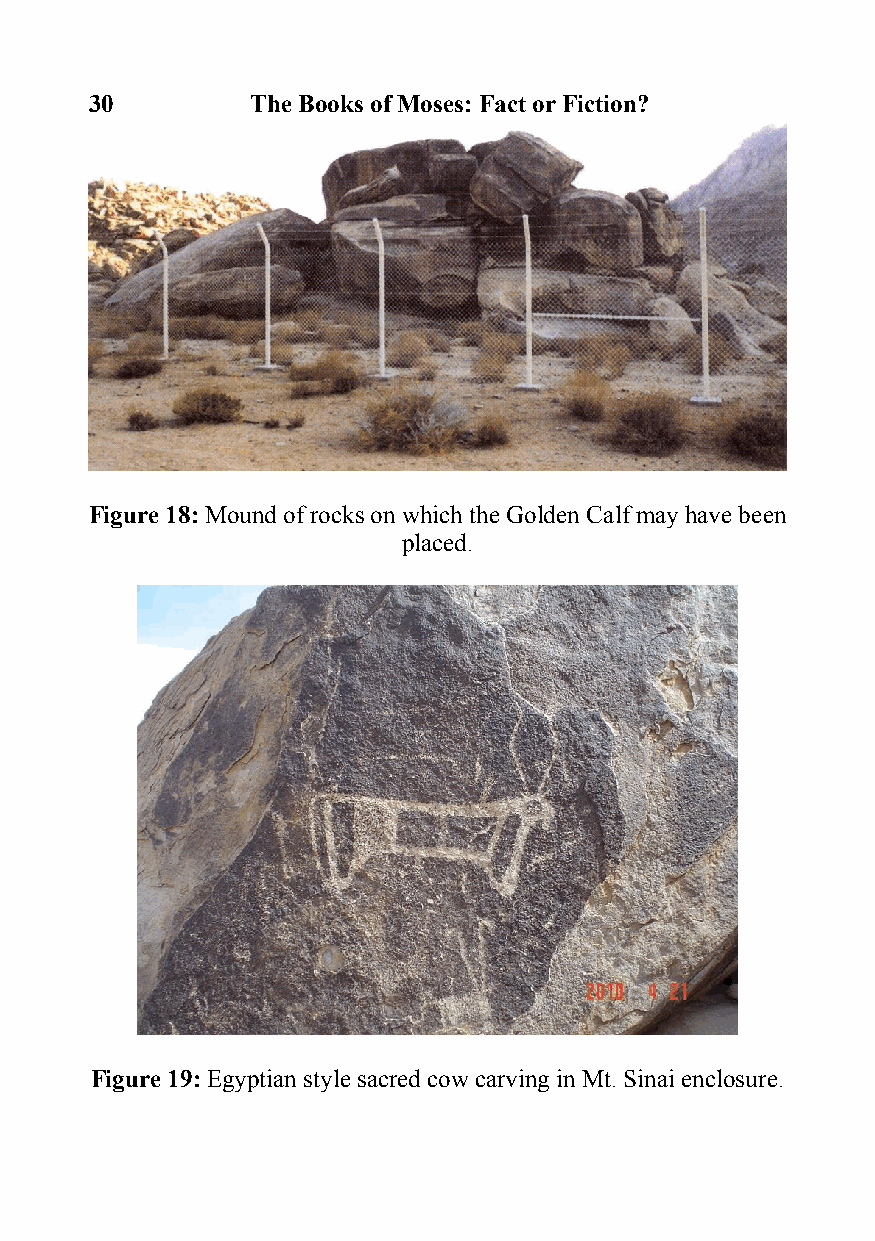
30         The Books of Moses: Fact or Fiction?
 Figure 18: Mound of rocks on which the Golden Calf may have been
 placed.
 Figure 19: Egyptian style sacred cow carving in Mt. Sinai enclosure.